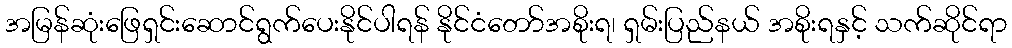
အမြန်ဆုံးဖြေရှင်းဆောင်ရွက်ပေးနိုင်ပါရန် နိုင်ငံတော်အစိုးရ၊ ရှမ်းပြည်နယ် အစိုးရနှင့် သက်ဆိုင်ရာ